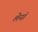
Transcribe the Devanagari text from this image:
लेनॉ